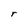
Character: r